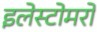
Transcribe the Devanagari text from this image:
इलेस्टोमरों